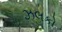
ઝલકો